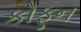
કોફૂન